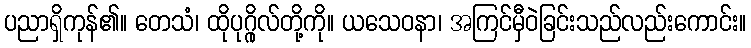
ပညာရှိကုန်၏။ တေသံ၊ ထိုပုဂ္ဂိုလ်တို့ကို။ ယသေဝနာ၊ အကြင်မှီဝဲခြင်းသည်လည်းကောင်း။